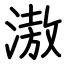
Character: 滶